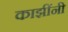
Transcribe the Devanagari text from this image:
काझींनी